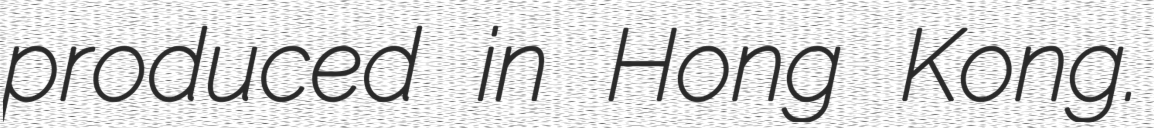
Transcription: produced in Hong Kong.